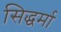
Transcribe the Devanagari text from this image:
सिद्धर्मा